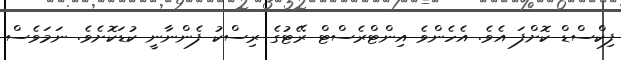
ފިކްސްޑް ކޮށްފަ އެވެ. އެހެންވެ އިންޓްރެސްޓް ރޭޓުގެ ރިސްކު ފެންނާނީ ކުޑަކޮށެވެ. ނަމަވެސް